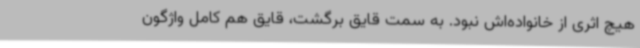
هیچ اثری از خانواده‌اش نبود. به سمت قایق برگشت، قایق هم کامل واژگون